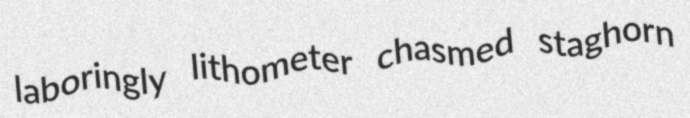
laboringly lithometer chasmed staghorn